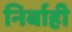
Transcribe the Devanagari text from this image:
निर्बाही